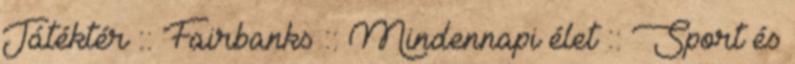
Játéktér :: Fairbanks :: Mindennapi élet :: Sport és